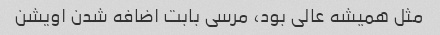
مثل همیشه عالی بود، مرسی بابت اضافه شدن اویشن